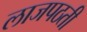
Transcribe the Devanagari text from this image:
लाजपठती